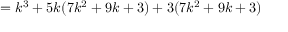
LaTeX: = k ^ { 3 } + 5 k ( 7 k ^ { 2 } + 9 k + 3 ) + 3 ( 7 k ^ { 2 } + 9 k + 3 )